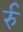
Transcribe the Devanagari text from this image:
र्रु